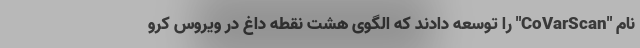
نام "CoVarScan" را توسعه دادند که الگوی هشت نقطه داغ در ویروس کرو